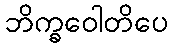
ဘိက္ခဝေါတိပေ